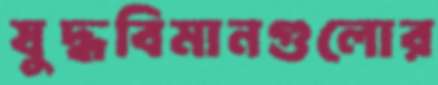
যুদ্ধবিমানগুলোর